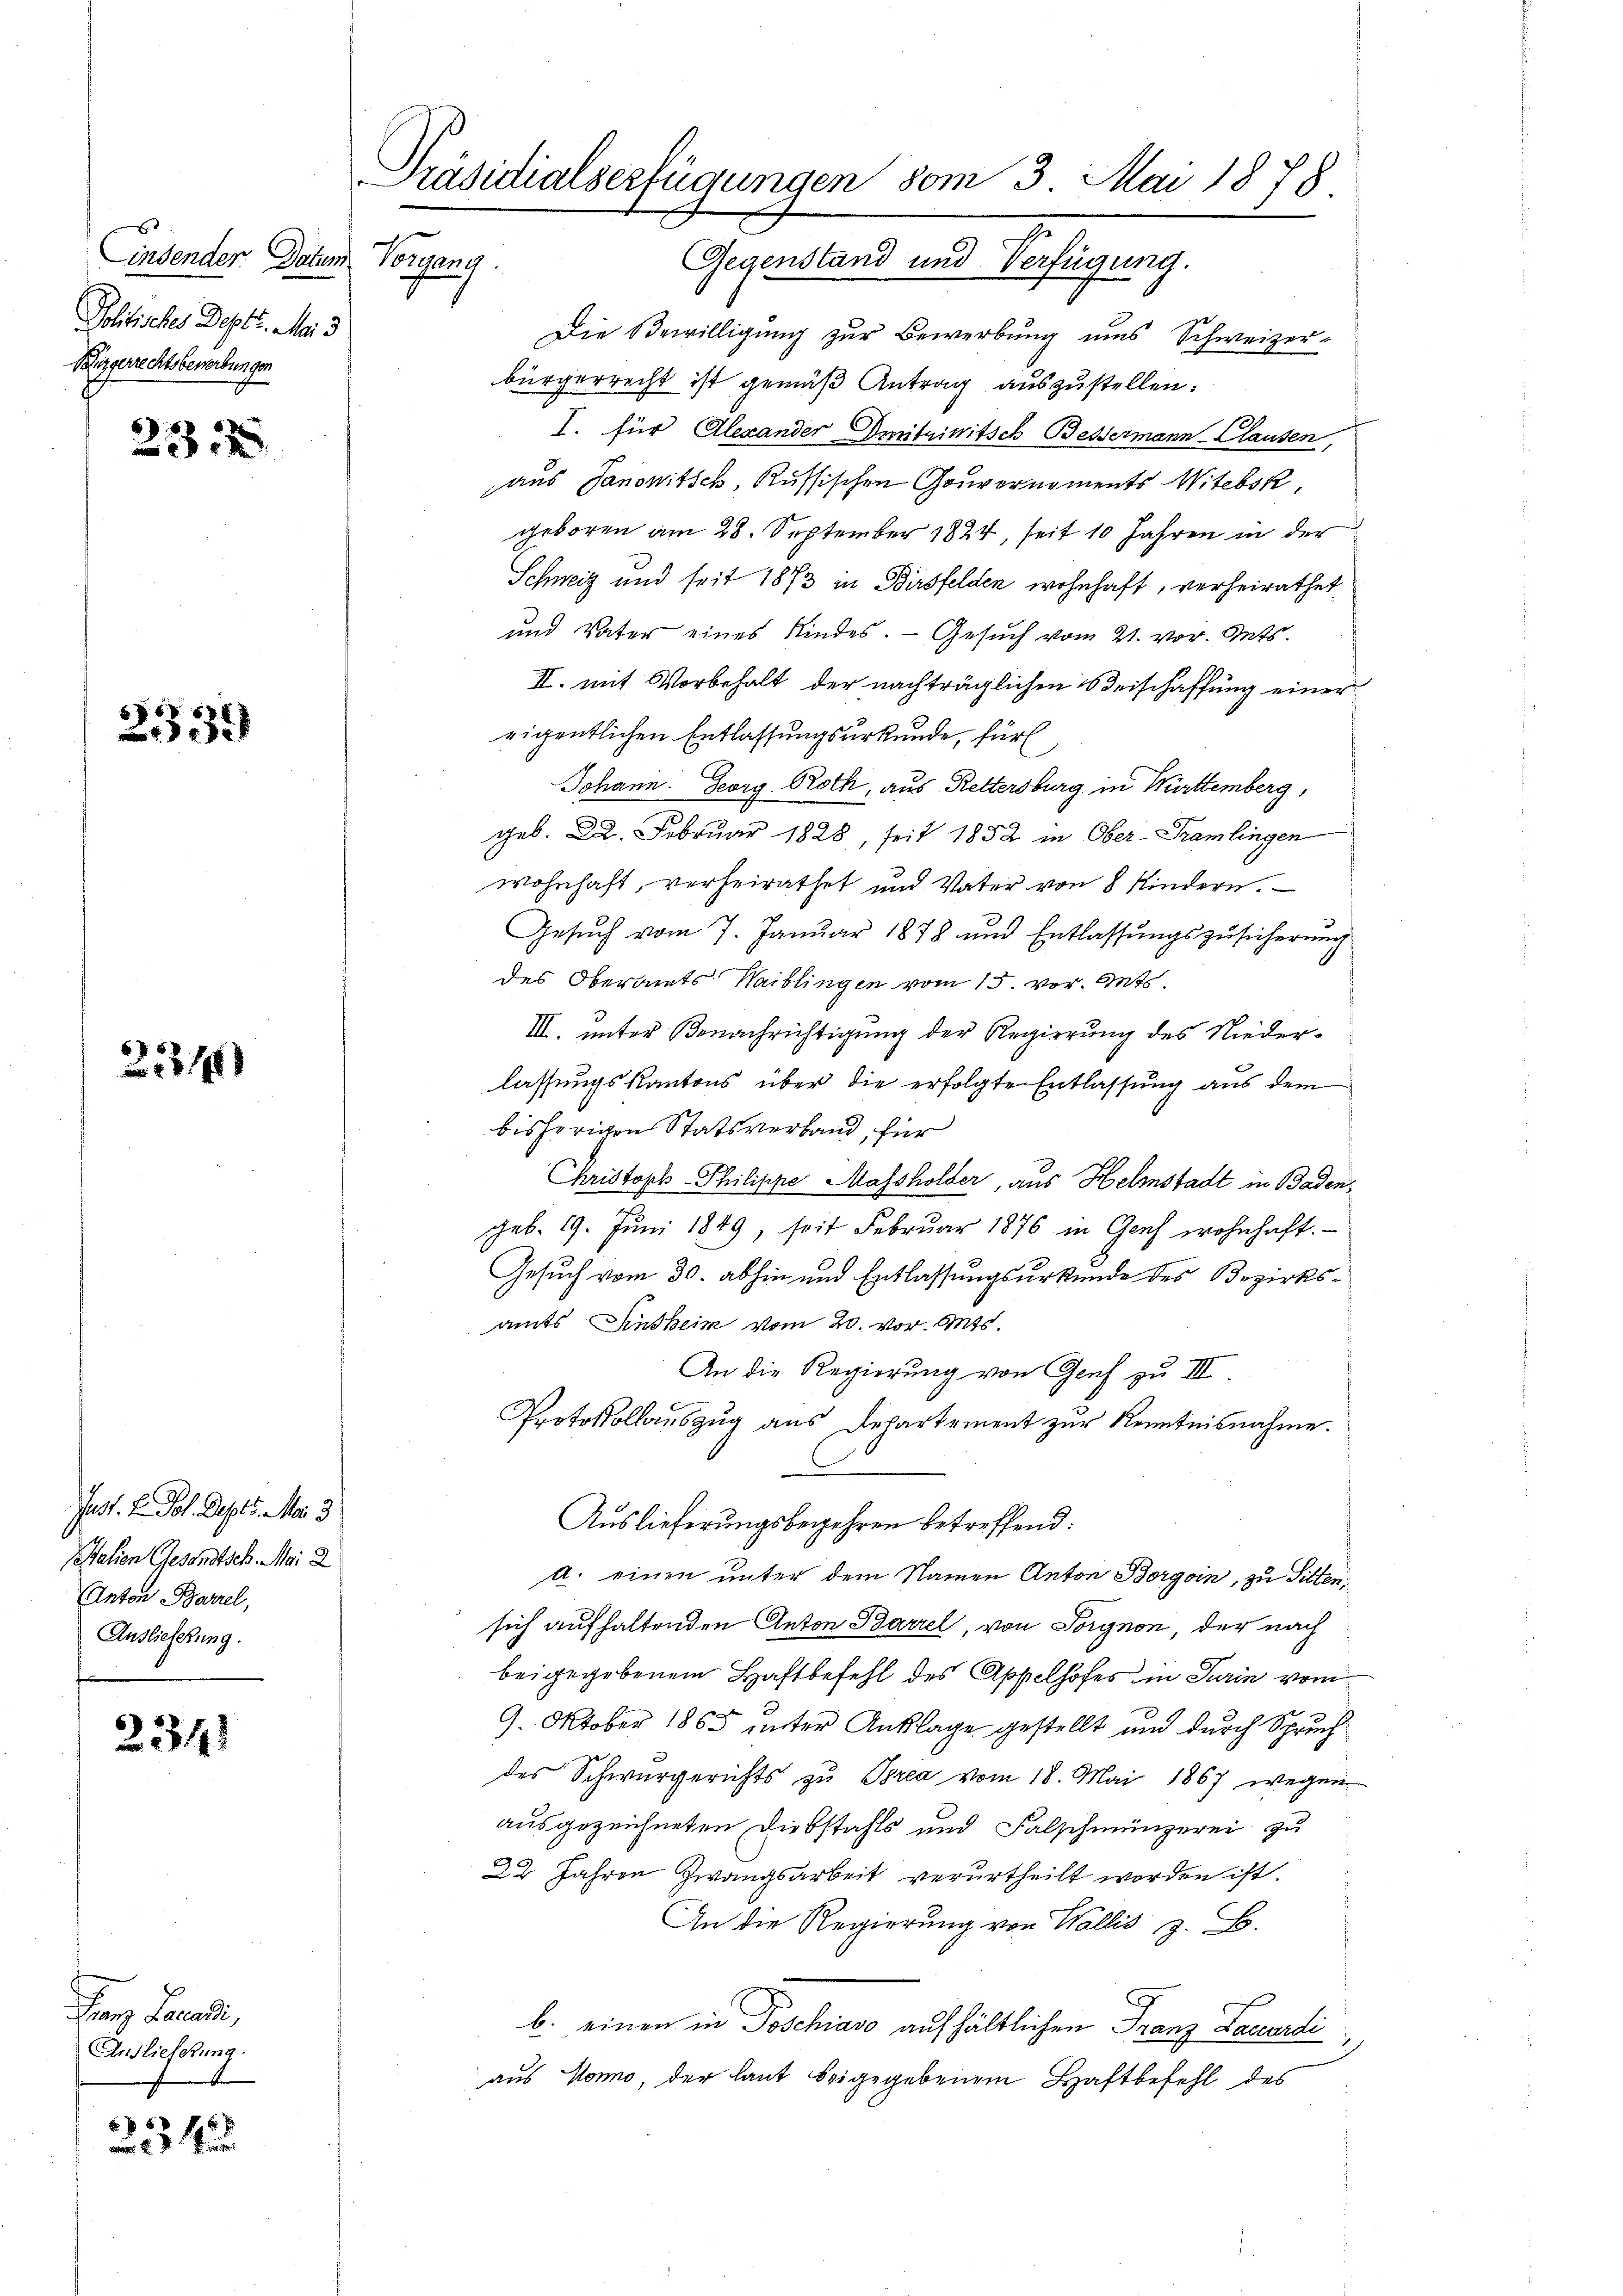
Einsender Datum Vorgang.
Politisches Deptr. Mai 3
Bürgerrechtsbewerbungen

232

233.

2231

Jast. F. Fol. Depts. Mai 3
Italien Gesandtsch. Mai 2
Anton Barzel,
Auslieferung.

234

Franz Lenardi,
Auslieferung.
t

8 f 5 x
 xx

Präsidialserfügungen vom 3. Mai 1878
Gegenstand und Verfügung.

Die Bewilligung zur Bewerbung uns Schweizer-
bürgerrecht ist gemäß Antrag auszustellen.
I. für Alexander Omnitziwitsch Bessermann-Clausen,
aus Sanonitsch, Russischen Gouvernements Witebsk
geboren am 28. September 1824, seit 10 Jahren in der
Schweiz und seit 1873 in Birsfelden wohnhaft, verheirathet
und Vater eines Kindes. - Gesuch vom 21. vor. Mts.
II. mit Vorbehalt der nachträglichen Beischaffung einer
eigentlichen Entlassungsurkunde, für
Johann. Georg Roth, aus Rettersburg in Württemberg,
geb. 22. Februar 1828, seit 1852 in Ober-Gramlingen
wohnhaft, verheirathet und Vater von 8 Kindern.
Gesuch vom 7. Januar 1878 und Entlassungszusicherung
des Oberamts Waiblingen vom 15. vor. Mts
III. unter Benachrichtigung der Regierung des Niederlassungskantons über die erfolgte Entlassung aus dem
bisherigen Statsverband, für
Christoph-Philippe Massholder, aus Helstadt in Badengeb. 19. Jŭni 1849, seit Febrŭar 1876 in Genf wohnhaft.
Gesuch vom 30. abhin und Entlassungsurkunde des Bezirksamts Sinsheim vom 20. vor. Mts.
An die Regierung von Genf zu III.
Protokollauszug aus Departement zur Kenntnisnahme.
Auslieferungsbegehren betreffend:
A. einen unter dem Namen Anton Borgoin, zu Sitten,
sich aufhaltenden Anton Barzel, von Sorgnon, der nach
beigegebenem Haftbefehl des Appelhofes in Turin vom
9. Oktober 1865 unter Anklage gestellt und durch Spruch
des Schwurgerichts zu Brea vom 18. Mai 1867 wegen
ausgezeichneten Diebstahls und Falschmünzerei zu
22 Jahren Zwangsarbeit verurtheilt worden ist.
An die Regierung von Wallis z. B.
b. einen in Poschiavo aufhältlichen Franz Laccordi
aus Hono, der laut beigegebenem Haftbefehl des